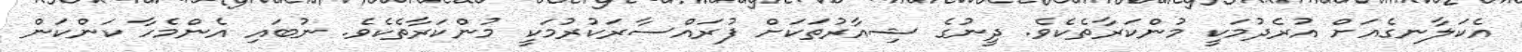
އެކަލާނގެއަށް އުރެދުމަކީ މުންކަރާތެކެވެ. ދީނުގެ ޝިއާރުތަކަށް ފުރައްސާރަކުރުމަކީ މުންކަރާތެކެވެ. ނުބައި އެންމެހާ ކަންކަން